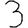
Digit: 3